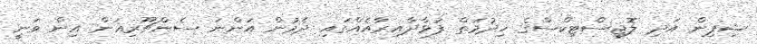
ޝިޕިން އަދި ލޮޖިސްޓިކްސްގެ ޚިދުމަތް ފުޅާދާއިރާއެއްގައި ދެމުން އަންނަ ސެންޗޫރިއަން އިން ވަނީ